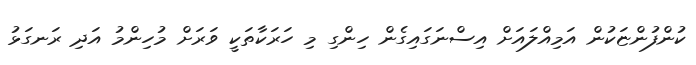
ކުންފުންޏަކުން އަމިއްލައަށް އިސްނަގައިގެން ހިންގި މި ހަރަކާތަކީ ވަރަށް މުހިންމު އަދި ރަނގަޅު